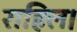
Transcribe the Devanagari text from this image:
राहिल।